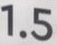
1.5